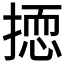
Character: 𱠠